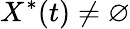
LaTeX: X^{\ast}(t)\neq\varnothing